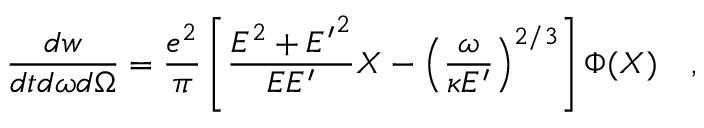
\frac { d w } { d t d \omega d \Omega } = \frac { e ^ { 2 } } { \pi } \left[ \frac { E ^ { 2 } + { E ^ { \prime } } ^ { 2 } } { E E ^ { \prime } } X - \left( \frac { \omega } { \kappa E ^ { \prime } } \right) ^ { 2 / 3 } \right] \Phi ( X ) \quad ,